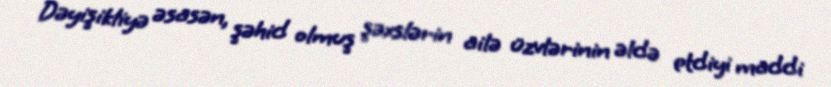
Dəyişikliyə əsasən, şəhid olmuş şəxslərin ailə üzvlərinin əldə etdiyi maddi